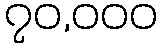
၇၀,၀၀၀